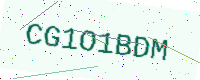
Text: CG1O1BDM